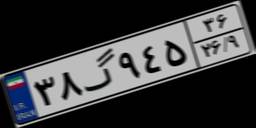
۳۸گ۹۴۵۳۶